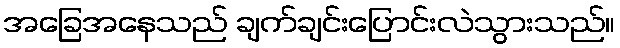
အခြေအနေသည် ချက်ချင်းပြောင်းလဲသွားသည်။